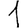
Digit: 1